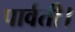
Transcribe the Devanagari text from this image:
पार्वती।